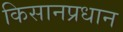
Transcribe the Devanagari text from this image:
किसानप्रधान